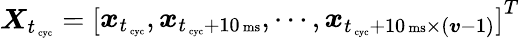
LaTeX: \boldsymbol X_{t_{\mathrm{\scriptsize~cyc}}}=\left[\begin{array}{l}{\boldsymbol x_{t_{\mathrm{\scriptsize~cyc}}},\boldsymbol x_{t_{\mathrm{\scriptsize~cyc}}+10\mathrm{\scriptsize~ms}},\cdots,\boldsymbol x_{t_{\mathrm{\scriptsize~cyc}}+10\mathrm{\scriptsize~ms}\times(\boldsymbol v-1)}}\end{array}\right]^{T}